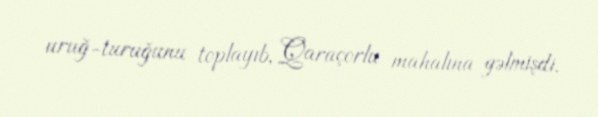
uruğ-turuğunu toplayıb, Qaraçorlu mahalına gəlmişdi.